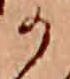
か